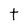
Character: t